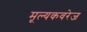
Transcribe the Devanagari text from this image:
मूल्यकवरेज